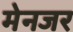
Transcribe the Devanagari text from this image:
मेनजर